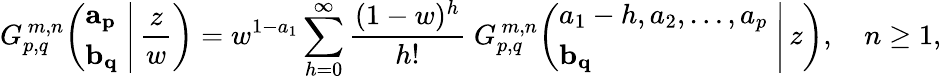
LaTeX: G_{p,q}^{\, m,n}\! \left(\left.{\begin{array}{l}{\mathbf{a_{p}}}\\ {\mathbf{b_{q}}}\end{array}}\; \right|\, {\frac{z}{w}}\right)=w^{1-a_{1}}\sum_{h=0}^{\infty}{\frac{(1-w)^{h}}{h!}}\; G_{p,q}^{\, m,n}\! \left(\left.{\begin{array}{l}{a_{1}-h,a_{2},\dots,a_{p}}\\ {\mathbf{b_{q}}}\end{array}}\; \right|\, z\right),\quad n\geq 1,